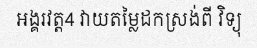
អង្គរវត្ត4 វាយតម្លៃដកស្រង់ពី វិទ្យុ